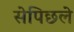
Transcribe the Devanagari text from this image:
सेपिछले